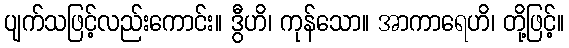
ပျက်သဖြင့်လည်းကောင်း။ ဒွီဟိ၊ ကုန်သော။ အာကာရေဟိ၊ တို့ဖြင့်။